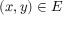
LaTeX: ( x , y ) \in E